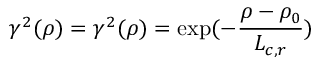
\gamma ^ { 2 } ( \rho ) = \gamma ^ { 2 } ( \rho ) = \exp ( - \frac { \rho - \rho _ { 0 } } { L _ { c , r } } )